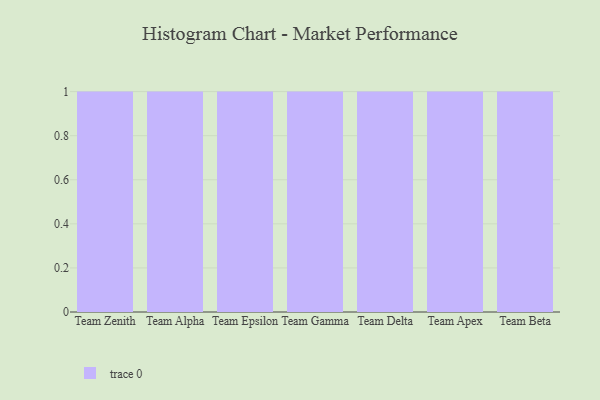
{"axis": {"x": "Team", "y": "Market Share (%)"}, "legend": [""], "data": [{"x": "Team Zenith", "y": 74, "type": ""}, {"x": "Team Alpha", "y": 94, "type": ""}, {"x": "Team Epsilon", "y": 40, "type": ""}, {"x": "Team Gamma", "y": 16, "type": ""}, {"x": "Team Delta", "y": 39, "type": ""}, {"x": "Team Apex", "y": 24, "type": ""}, {"x": "Team Beta", "y": 71, "type": ""}]}